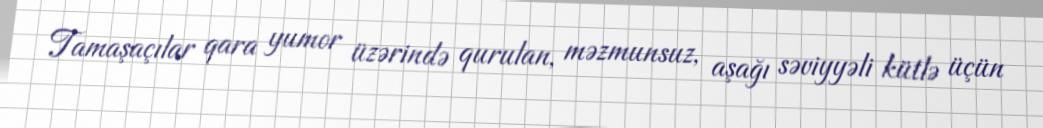
Tamaşaçılar qara yumor üzərində qurulan, məzmunsuz, aşağı səviyyəli kütlə üçün